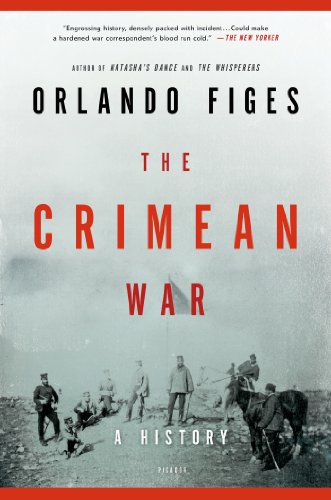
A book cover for The Crimean War: A History; Orlando Figes; History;